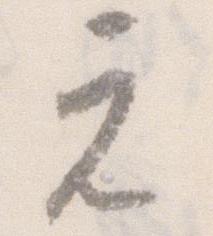
元